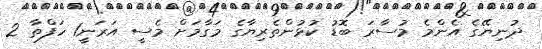
ދުނިޔޭގެ އެންމެ މުސާރަ ބޮޑު ކުޅުންތެރިޔާގެ މަގާމަށް މެސީ އަރަނީ1 ހަފްތާ 2